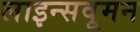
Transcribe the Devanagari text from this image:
लाइन्सवूमन